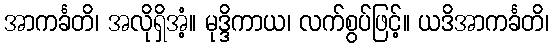
အာကင်္ခတိ၊ အလိုရှိအံ့။ မုဒ္ဒိကာယ၊ လက်စွပ်ဖြင့်။ ယဒိအာကင်္ခတိ၊